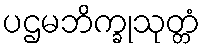
ပဌမဘိက္ခုသုတ္တံ